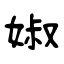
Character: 婌